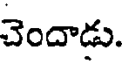
చెందాడు.